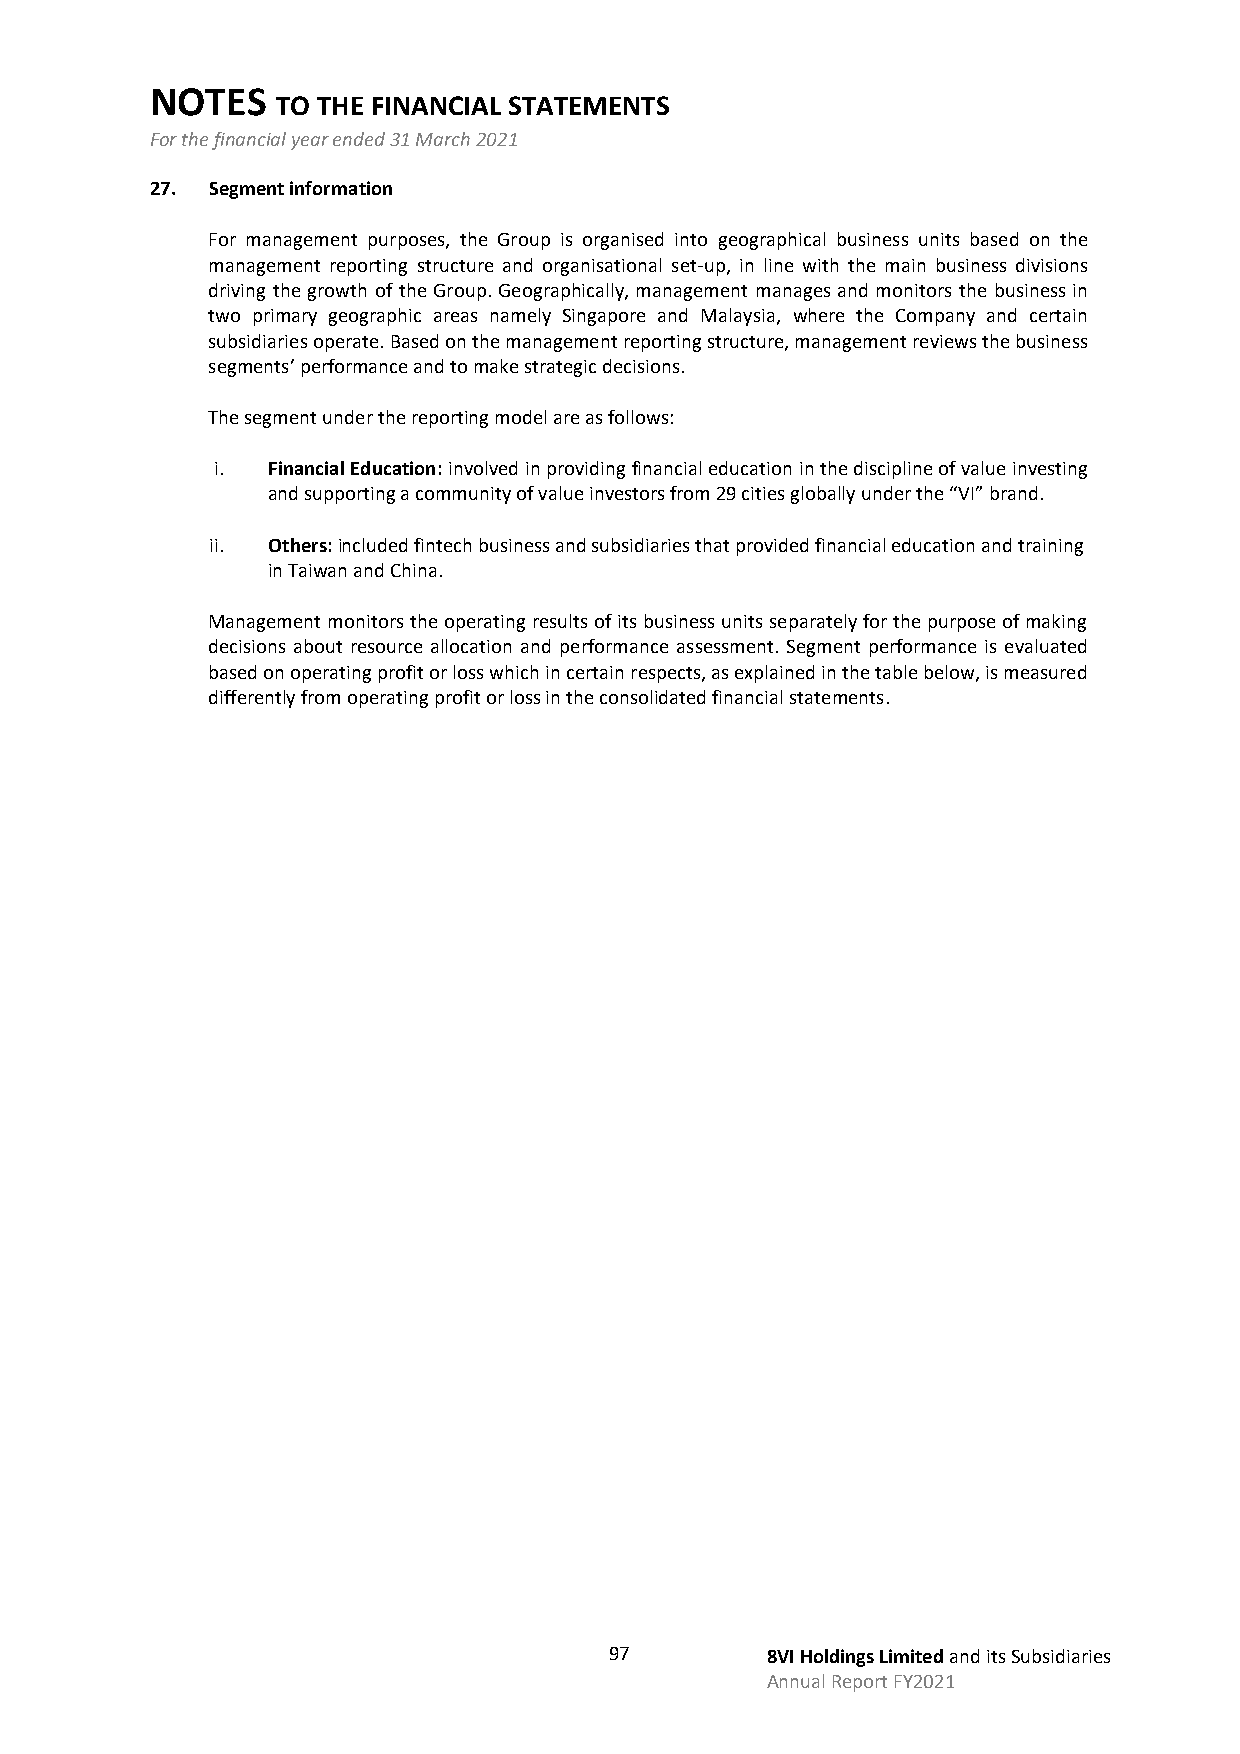
NOTES
 TO THE FINANCIAL STATEMENTS
 For the financial year ended 31 March 2021
 27. Segment information
 For management purposes, the Group is organised into geographical business units based on the
 management reporting structure and organisational set-up, in line with the main business divisions
 driving the growth of the Group. Geographically, management manages and monitors the business in
 two primary geographic areas namely Singapore and Malaysia, where the Company and certain
 subsidiaries operate. Based on the management reporting structure, management reviews the business
 segments’ performance and to make strategic decisions.
 The segment under the reporting model are as follows:
 i.  Financial Education: involved in providing financial education in the discipline of value investing
 and supporting a community of value investors from 29 cities globally under the “VI” brand.
 ii. Others: included fintech business and subsidiaries that provided financial education and training
 in Taiwan and China.
 Management monitors the operating results of its business units separately for the purpose of making
 decisions about resource allocation and performance assessment. Segment performance is evaluated
 based on operating profit or loss which in certain respects, as explained in the table below, is measured
 differently from operating profit or loss in the consolidated financial statements.
 97         8VI Holdings Limited and its Subsidiaries
 Annual Report FY2021